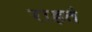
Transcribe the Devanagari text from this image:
राहतं